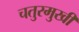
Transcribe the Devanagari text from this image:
चतुरमुखी